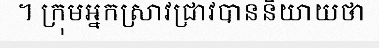
។ ក្រុមអ្នកស្រាវជ្រាវបាននិយាយថា